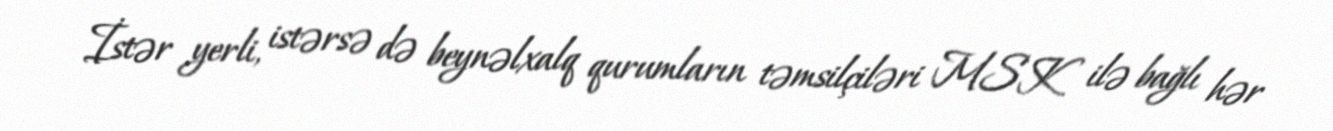
İstər yerli, istərsə də beynəlxalq qurumların təmsilçiləri MSK ilə bağlı hər